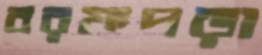
বরফপড়া